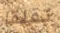
تقلقا